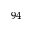
^ { 9 4 }